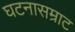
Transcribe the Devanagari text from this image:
घटनासम्राट